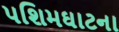
પશિમઘાટના